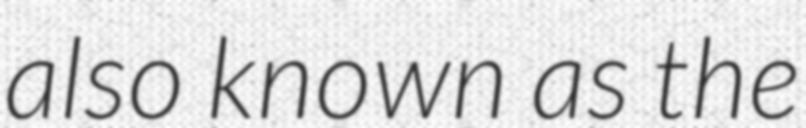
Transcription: also known as the